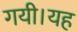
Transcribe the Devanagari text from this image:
गयी।यह